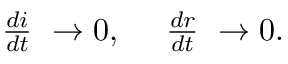
\begin{array} { r } { \frac { d i } { d t } \ \to 0 , \ \ \ \ \frac { d r } { d t } \ \to 0 . } \end{array}